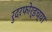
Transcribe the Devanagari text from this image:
रुदरफोर्डच्या